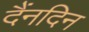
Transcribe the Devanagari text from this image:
दैंनदिन